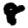
Digit: 8